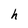
Character: h